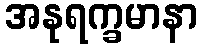
အနုရက္ခမာနာ